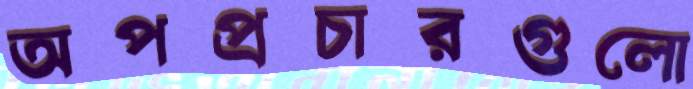
অপপ্রচারগুলো